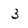
Character: 3